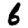
Digit: 6